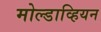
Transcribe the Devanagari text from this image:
मोल्डाव्हियन